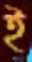
ই